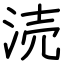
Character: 涜